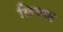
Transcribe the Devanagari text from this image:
छित्रक